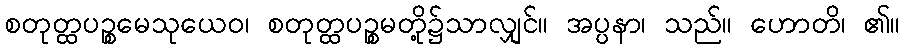
စတုတ္ထပဉ္စမေသုယေဝ၊ စတုတ္ထပဉ္စမတို့၌သာလျှင်။ အပ္ပနာ၊ သည်။ ဟောတိ၊ ၏။